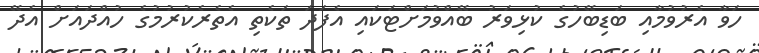
ހަވާ އެރުވުމާއި ބަޑިބޭހުގެ ކުޅިވަރު ބޭއްވުމަށްޓަކައި އެފަދަ ތަކެތި އެތެރެކުރުމުގެ ހުއްދައަށް އެދޭ